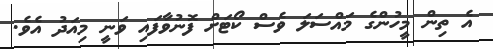
އެ ތިން މީހުންގެ މައްސަލަ ވެސް ކޯޓަށް ފޮނުވާފައި ވަނީ މިއަދު އެވެ.